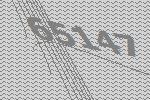
65147